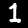
Digit: 1